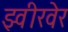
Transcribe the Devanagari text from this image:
झ्वीरवेर